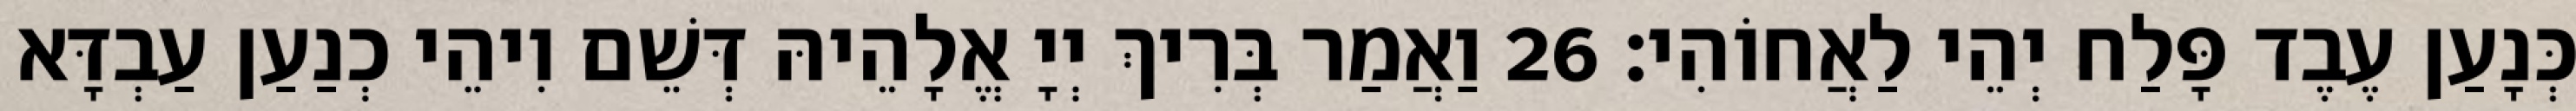
כְּנָעַן עֶבֶד פָּלַח יְהֵי לַאֲחוֹהִי׃ 26 וַאֲמַר בְּרִיךְ יְיָ אֱלָהֵיהּ דְּשֵׁם וִיהֵי כְנַעַן עַבְדָּא